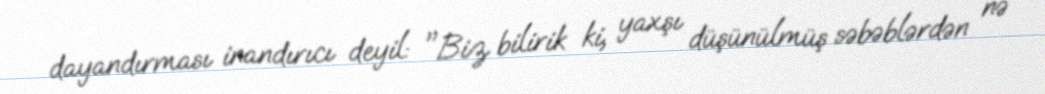
dayandırması inandırıcı deyil: "Biz bilirik ki, yaxşı düşünülmüş səbəblərdən nə